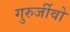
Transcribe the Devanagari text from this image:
गुरुर्जीवो